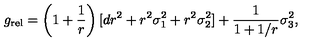
{ g } _ { \mathrm { r e l } } = \left( 1 + \frac { 1 } { r } \right) [ d r ^ { 2 } + r ^ { 2 } \sigma _ { 1 } ^ { 2 } + r ^ { 2 } \sigma _ { 2 } ^ { 2 } ] + \frac { 1 } { 1 + 1 / r } \sigma _ { 3 } ^ { 2 } ,